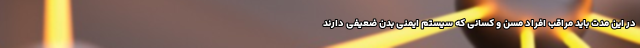
در این مدت باید مراقب افراد مسن و کسانی که سیستم ایمنی بدن ضعیفی دارند